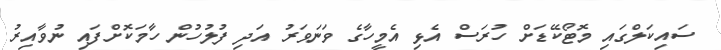
ސައިކަލްގައި މޮޓޯކޭޑަށް ހުރަސް އެޅި އެމީހާގެ ވަނަވަރު އަދި ފުލުހުން ހާމަކޮށްފައި ނުވާއިރު